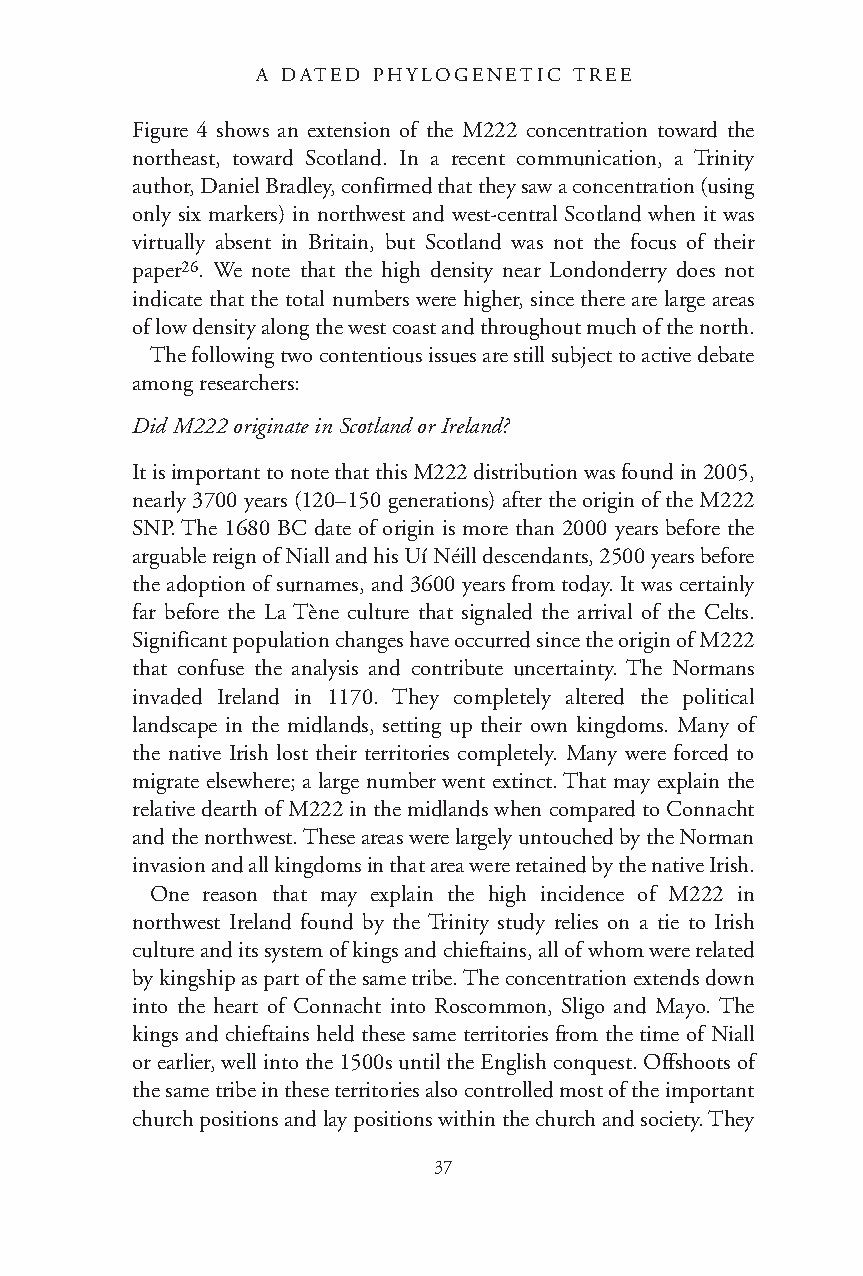
A DATED PHYLOGENETIC TREE
 Figure 4 shows an extension of the M222 concentration toward the
 northeast, toward Scotland. In a recent communication, a Trinity
 author, Daniel Bradley, confirmed that they saw a concentration (using
 only six markers) in northwest and west-central Scotland when it was
 virtually absent in Britain, but Scotland was not the focus of their
 paper26. We note that the high density near Londonderry does not
 indicate that the total numbers were higher, since there are large areas
 of low density along the west coast and throughout much of the north.
 The following two contentious issues are still subject to active debate
 among researchers:
 Did M222 originate in Scotland or Ireland?
 It is important to note that this M222 distribution was found in 2005,
 nearly 3700 years (120–150 generations) after the origin of the M222
 SNP. The 1680 BC date of origin is more than 2000 years before the
 arguable reign of Niall and his Uí Néill descendants, 2500 years before
 the adoption of surnames, and 3600 years from today. It was certainly
 far before the La Tène culture that signaled the arrival of the Celts.
 Significant population changes have occurred since the origin of M222
 that confuse the analysis and contribute uncertainty. The Normans
 invaded Ireland in 1170. They completely altered the political
 landscape in the midlands, setting up their own kingdoms. Many of
 the native Irish lost their territories completely. Many were forced to
 migrate elsewhere; a large number went extinct. That may explain the
 relative dearth of M222 in the midlands when compared to Connacht
 and the northwest. These areas were largely untouched by the Norman
 invasion and all kingdoms in that area were retained by the native Irish.
 One reason that may explain the high incidence of M222 in
 northwest Ireland found by the Trinity study relies on a tie to Irish
 culture and its system of kings and chieftains, all of whom were related
 by kingship as part of the same tribe. The concentration extends down
 into the heart of Connacht into Roscommon, Sligo and Mayo. The
 kings and chieftains held these same territories from the time of Niall
 or earlier, well into the 1500s until the English conquest. Offshoots of
 the same tribe in these territories also controlled most of the important
 church positions and lay positions within the church and society. They
 37